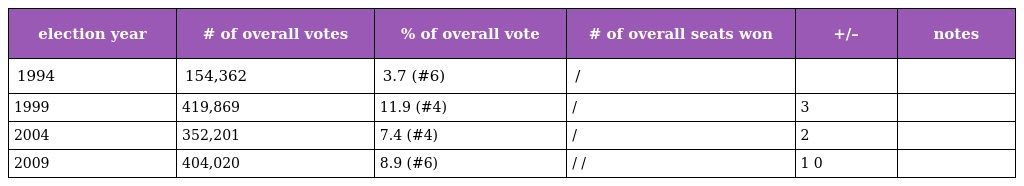
| election year | # of overall votes | % of overall vote | # of overall seats won | +/– | notes |
 | --- | --- | --- | --- | --- | --- |
 | 1994 | 154,362 | 3.7 (#6) | / |  |  |
 | 1999 | 419,869 | 11.9 (#4) | / | 3 |  |
 | 2004 | 352,201 | 7.4 (#4) | / | 2 |  |
 | 2009 | 404,020 | 8.9 (#6) | / / | 1 0 |  |